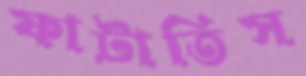
ফাটাতিস